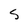
Character: S